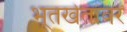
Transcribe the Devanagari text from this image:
भूतखेतांवर